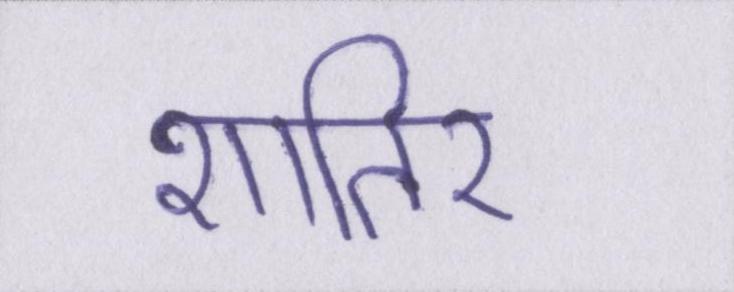
शातिर